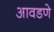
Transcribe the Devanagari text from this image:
आवडणे